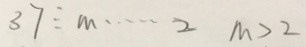
3 7 \div m \cdots 2 m > 2